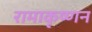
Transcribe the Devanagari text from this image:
रामाकृष्णन